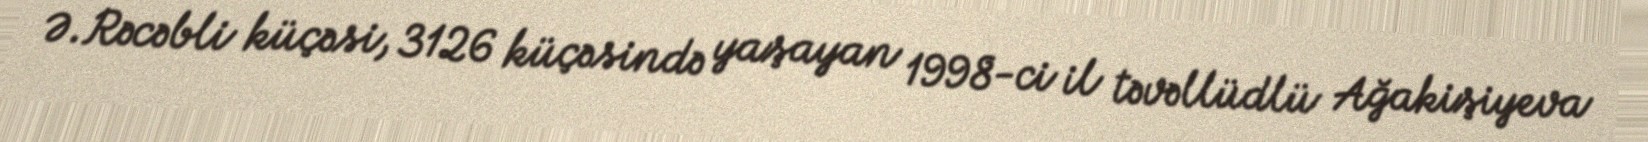
Ə.Rəcəbli küçəsi, 3126 küçəsində yaşayan 1998-ci il təvəllüdlü Ağakişiyeva